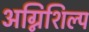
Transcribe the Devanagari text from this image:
अग्निशिल्प